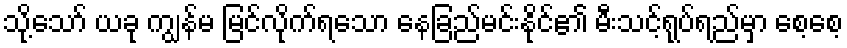
သို့သော် ယခု ကျွန်မ မြင်လိုက်ရသော နေခြည်မင်းနိုင်၏ မီးသင့်ရုပ်ရည်မှာ စေ့စေ့